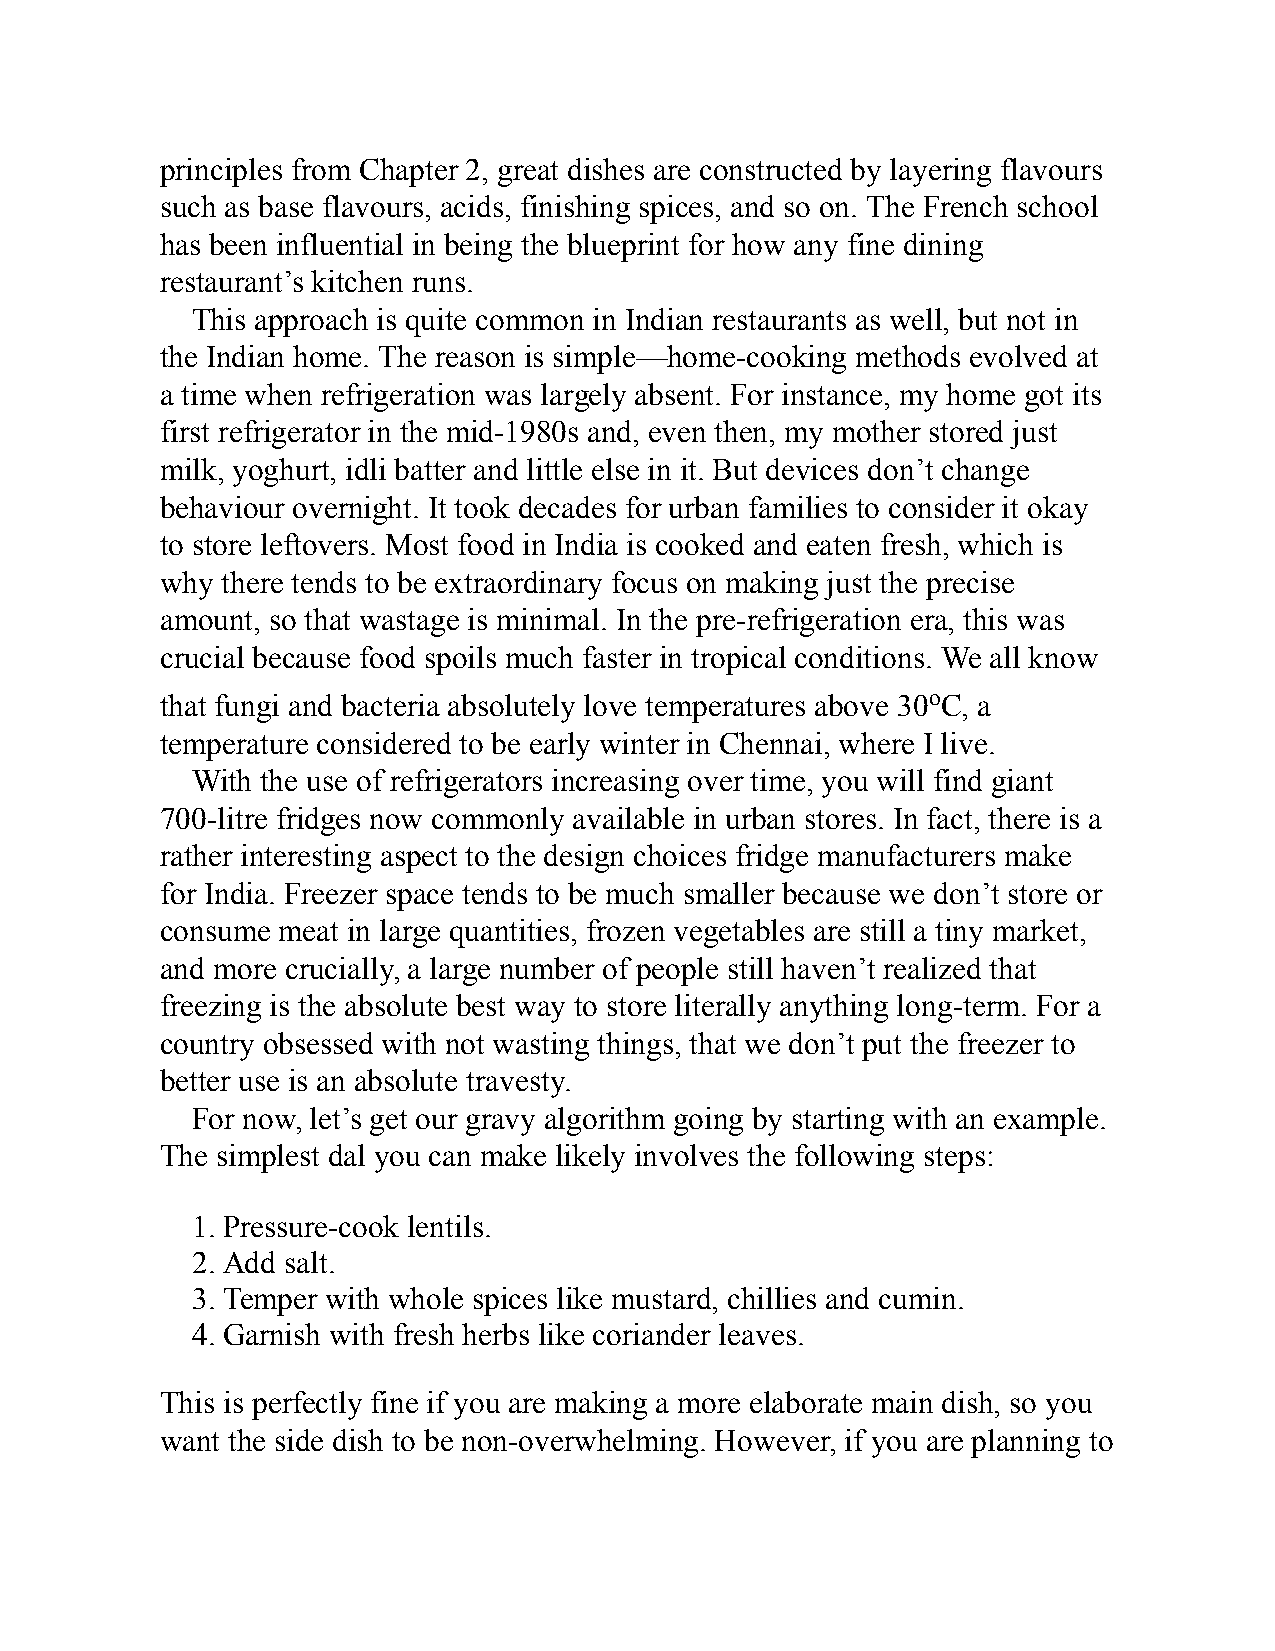
principles from Chapter 2, great dishes are constructed by layering flavours
 such as base flavours, acids, finishing spices, and so on. The French school
 has been influential in being the blueprint for how any fine dining
 restaurant’s kitchen runs.
 This approach is quite common in Indian restaurants as well, but not in
 the Indian home. The reason is simple—home-cooking methods evolved at
 a time when refrigeration was largely absent. For instance, my home got its
 first refrigerator in the mid-1980s and, even then, my mother stored just
 milk, yoghurt, idli batter and little else in it. But devices don’t change
 behaviour overnight. It took decades for urban families to consider it okay
 to store leftovers. Most food in India is cooked and eaten fresh, which is
 why there tends to be extraordinary focus on making just the precise
 amount, so that wastage is minimal. In the pre-refrigeration era, this was
 crucial because food spoils much faster in tropical conditions. We all know
 that fungi and bacteria absolutely love temperatures above 30oC, a
 temperature considered to be early winter in Chennai, where I live.
 With the use of refrigerators increasing over time, you will find giant
 700-litre fridges now commonly available in urban stores. In fact, there is a
 rather interesting aspect to the design choices fridge manufacturers make
 for India. Freezer space tends to be much smaller because we don’t store or
 consume meat in large quantities, frozen vegetables are still a tiny market,
 and more crucially, a large number of people still haven’t realized that
 freezing is the absolute best way to store literally anything long-term. For a
 country obsessed with not wasting things, that we don’t put the freezer to
 better use is an absolute travesty.
 For now, let’s get our gravy algorithm going by starting with an example.
 The simplest dal you can make likely involves the following steps:
 1. Pressure-cook lentils.
 2. Add salt.
 3. Temper with whole spices like mustard, chillies and cumin.
 4. Garnish with fresh herbs like coriander leaves.
 This is perfectly fine if you are making a more elaborate main dish, so you
 want the side dish to be non-overwhelming. However, if you are planning to